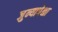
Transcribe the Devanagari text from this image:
जुन्यापेक्षा